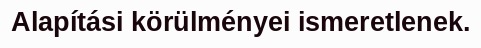
Alapítási körülményei ismeretlenek.